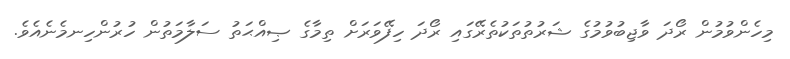
މިހެންވުމުން ރޯދަ ވާޖިބުވުމުގެ ޝަރުތުތަކުތެރޭގައި ރޯދަ ހިފޭވަރަށް ތިމާގެ ޞިއްޙަތު ސަލާމަތުން ހުރުންހިނމެނެއެވެ.